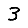
Digit: 3